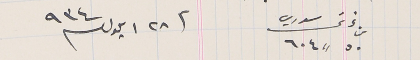
من غرش سوري ٥٠  „  ٦٠٤                فى ٢٨ ايلول سنة ٩٣٤